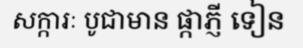
សក្ការៈ បូជាមាន ផ្កាភ្ញី ទៀន